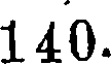
140.